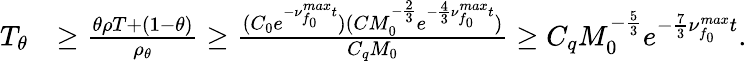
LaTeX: \begin{array}{rl}{T_{\theta}}&{\geq\frac{\theta\rho T+(1-\theta)}{\rho_{\theta}}\geq\frac{(C_{0}e^{-\nu_{f_{0}}^{max}t})(CM_{0}^{-\frac{2}{3}}e^{-\frac{4}{3}\nu_{f_{0}}^{max}t})}{C_{q}M_{0}}\geq C_{q}M_{0}^{-\frac{5}{3}}e^{-\frac{7}{3}\nu_{f_{0}}^{max}t}.}\end{array}